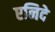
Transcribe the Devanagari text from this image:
एनिदे